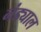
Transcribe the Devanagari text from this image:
नंड्याल